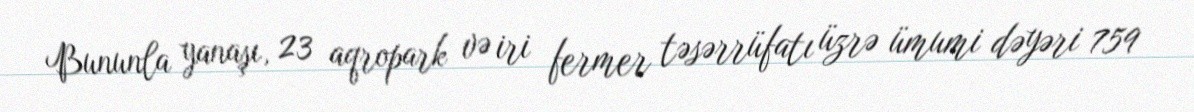
Bununla yanaşı, 23 aqropark və iri fermer təsərrüfatı üzrə ümumi dəyəri 759